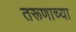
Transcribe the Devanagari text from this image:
तरूणाच्या